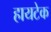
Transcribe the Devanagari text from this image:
हायटेक